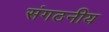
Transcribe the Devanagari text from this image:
संगठनीय